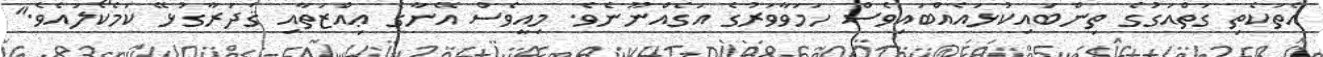
އެތަކެތި ގަތްއަގުގެ ތިންބައިކުޅައެއްބައިވެސް ހަމަވާވަރުގެ އަގެއްނޫނެވެ. މިއީވެސް އޭނާގެ ޢިއްޒަތާއި ޤަދަރާގުޅޭ ކަމެކޯލައެވެ."